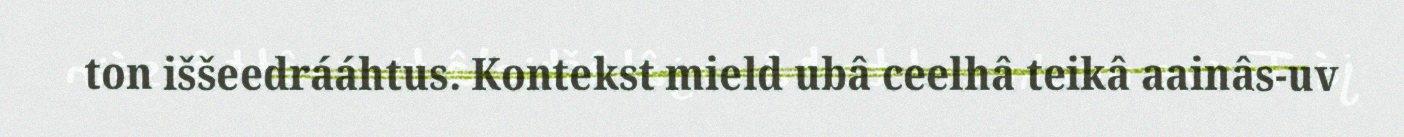
ton iššeedrááhtus. Kontekst mield ubâ ceelhâ teikâ aainâs-uv